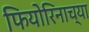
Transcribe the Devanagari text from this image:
फियोरिनाच्या